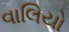
વાલિયો